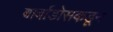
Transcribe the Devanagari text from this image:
बार्बाडोसकडून